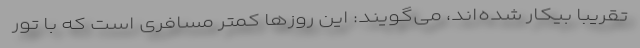
تقریبا بیکار شده‌اند، می‌گویند: این روزها کمتر مسافری است که با تور